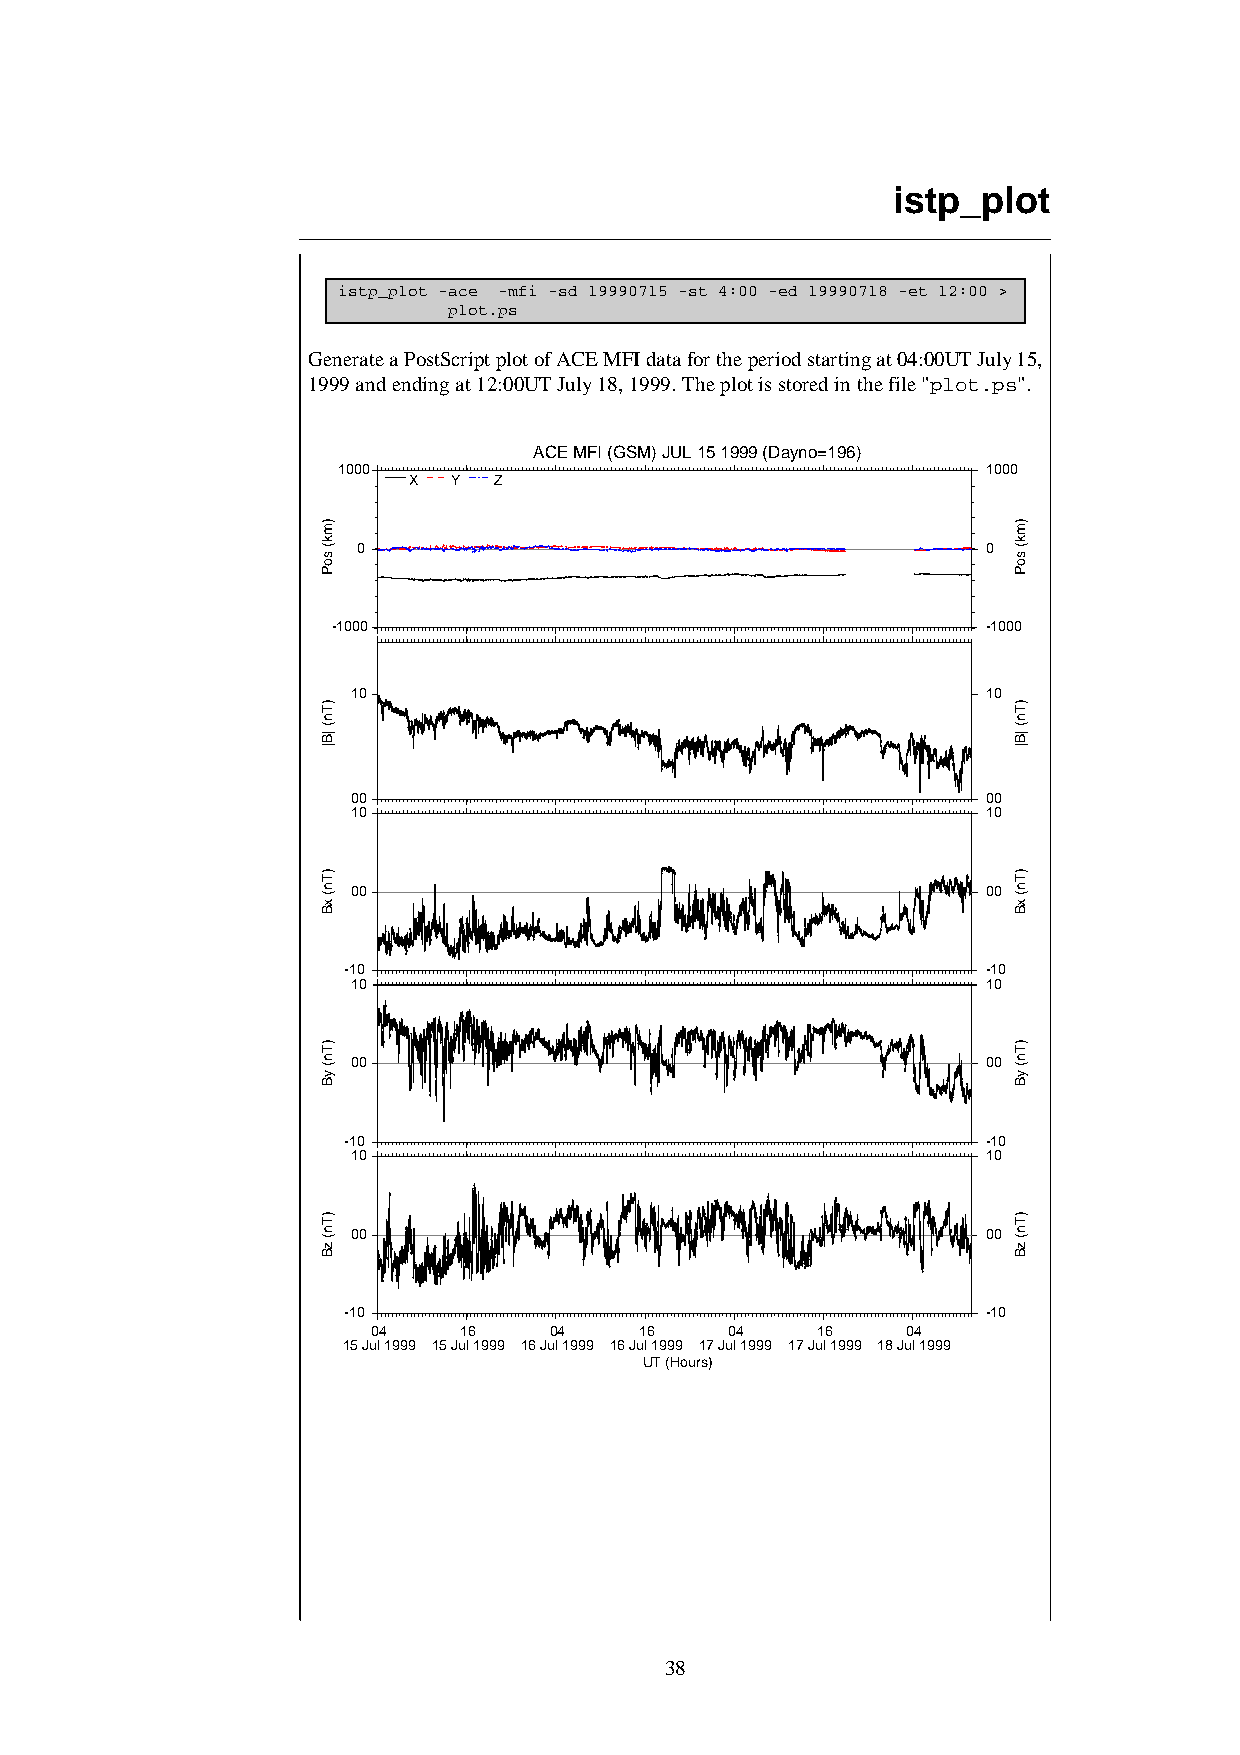
istp_plot
 istp_plot -ace -mfi -sd 19990715 -st 4:00 -ed 19990718 -et 12:00 >
 plot.ps
 Generate a PostScript plot of ACE MFI data for the period starting at 04:00UT July 15,
 1999 and ending at 12:00UT July 18, 1999. The plot is stored in the file "plot.ps".
 ACE MFI (GSM) JUL 15 1999 (Dayno=196)
 1000                                       1000
 X  Y  Z
 0                                        0
 -1000                                      -1000
 10                                        10
 00                                        00
 10                                        10
 00                                        00
 -10                                       -10
 10                                        10
 00                                        00
 -10                                       -10
 10                                        10
 00                                        00
 -10                                       -10
 04   16    04    16    04    16    04
 15 Jul 1999 15 Jul 1999 16 Jul 1999 16 Jul 1999 17 Jul 1999 17 Jul 1999 18 Jul 1999
 UT (Hours)
 38
 )mk(
 soP
 )Tn(
 |B|
 )Tn(
 xB
 )Tn(
 yB
 )Tn(
 zB
 )mk(
 soP
 )Tn(
 |B|
 )Tn(
 xB
 )Tn(
 yB
 )Tn(
 zB